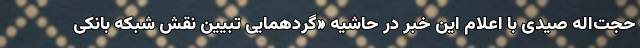
حجت‌اله صیدی با اعلام این خبر در حاشیه «گردهمایی تبیین نقش شبکه بانکی